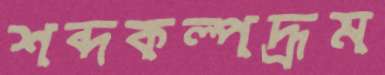
শব্দকল্পদ্রূম